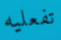
تفعليه